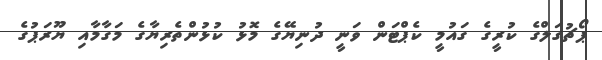
ޕޯޗުގަލްގެ ކުރީގެ ގައުމީ ކެޕްޓަން ވަނީ ދުނިޔޭގެ މޮޅު ކުޅުންތެރިޔާގެ މަގާމާއި ޔޫރަޕުގެ